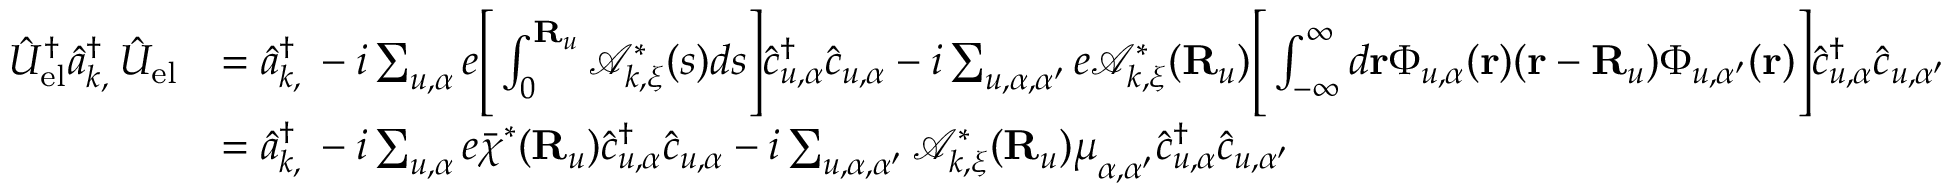
\begin{array} { r l } { \hat { U } _ { \mathrm { e l } } ^ { \dagger } \hat { a } _ { { \boldsymbol k } , { \bf \xi } } ^ { \dagger } \hat { U } _ { \mathrm { e l } } } & { = \hat { a } _ { { \boldsymbol k } , { \bf \xi } } ^ { \dagger } - i \sum _ { u , \alpha } e \Bigg [ \int _ { 0 } ^ { { \bf R } _ { u } } \mathcal { A } _ { { \boldsymbol k } , { \boldsymbol \xi } } ^ { * } ( s ) d s \Bigg ] \hat { c } _ { u , \alpha } ^ { \dagger } \hat { c } _ { u , \alpha } - i \sum _ { u , \alpha , \alpha ^ { \prime } } e \mathcal { A } _ { { \boldsymbol k } , { \boldsymbol \xi } } ^ { * } ( { \bf R } _ { u } ) \Bigg [ \int _ { - \infty } ^ { \infty } d { \bf r } \Phi _ { u , \alpha } ( { \bf r } ) ( { \bf r } - { \bf R } _ { u } ) \Phi _ { u , \alpha ^ { \prime } } ( { \bf r } ) \Bigg ] \hat { c } _ { u , \alpha } ^ { \dagger } \hat { c } _ { u , \alpha ^ { \prime } } } \\ & { = \hat { a } _ { { \boldsymbol k } , { \bf \xi } } ^ { \dagger } - i \sum _ { u , \alpha } e \bar { \boldsymbol \chi } ^ { * } ( { \bf R } _ { u } ) \hat { c } _ { u , \alpha } ^ { \dagger } \hat { c } _ { u , \alpha } - i \sum _ { u , \alpha , \alpha ^ { \prime } } \mathcal { A } _ { { \boldsymbol k } , { \boldsymbol \xi } } ^ { * } ( { \bf R } _ { u } ) { \boldsymbol \mu } _ { \alpha , \alpha ^ { \prime } } \hat { c } _ { u , \alpha } ^ { \dagger } \hat { c } _ { u , \alpha ^ { \prime } } } \end{array}